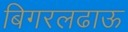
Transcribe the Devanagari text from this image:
बिगरलढाऊ